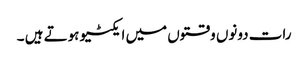
رات دونوں وقتوں میں ایکٹیو ہوتے ہیں ۔